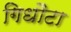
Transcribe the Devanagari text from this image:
गिधौटा